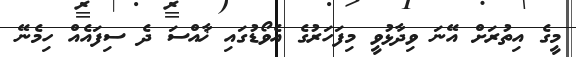
މީގެ އިތުރަށް އޭނަ ވިދާޅުވީ މިފަހަރުގެ އެވޯޑުގައި ޚާއްސަ ދެ ސިފައެއް ހިމެނޭ